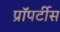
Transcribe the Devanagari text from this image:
प्रॉपर्टीस